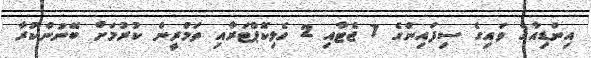
އިންޑިއާގެ ވައިގެ ސިފައިންގެ 7 ޖެޓާއި 2 ހެލިކޮޕްޓަރާއި ތަމްރީން ކުރުމަށް ބޭނުންކުރާ